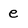
Character: e